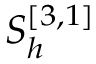
S _ { h } ^ { [ 3 , 1 ] }